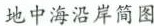
地中海沿岸简图